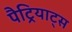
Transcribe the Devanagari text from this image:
पैट्रियाट्स